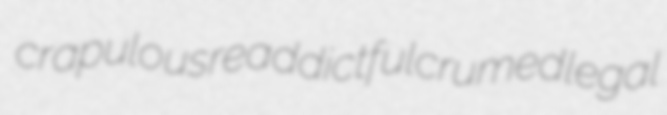
crapulous readdict fulcrumed legal